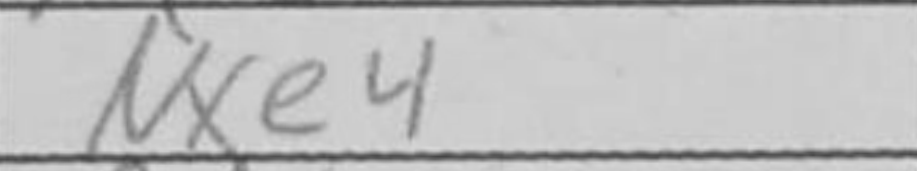
Transcription: Nxe4